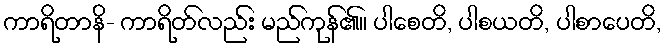
ကာရိတာနိ- ကာရိတ်လည်း မည်ကုန်၏။ ပါစေတိ, ပါစယတိ, ပါစာပေတိ,